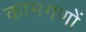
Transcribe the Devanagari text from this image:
कामगणों